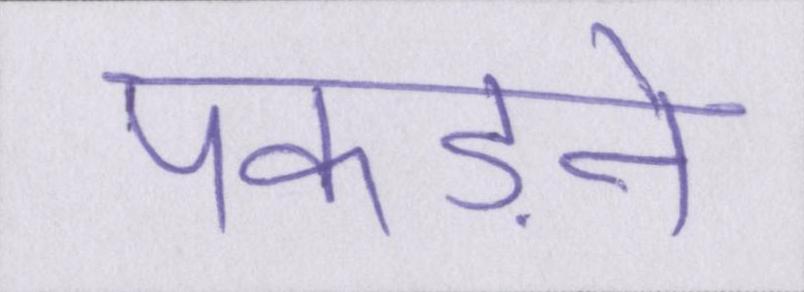
पकड़ने